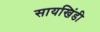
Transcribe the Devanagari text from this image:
सायखिंडी